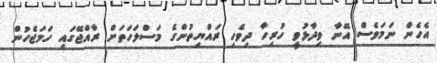
އެހެން ނަމަވެސް އޭނާ ވިދާޅުވީ ހުރިހާ ދިވެހި ރައްޔިތުންގެ މަސްލަހަތަށް ރާއްޖޭގައި ހަމަޖެހުން